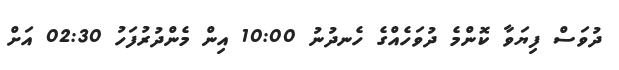
ދުވަސް ފިޔަވާ ކޮންމެ ދުވަހެއްގެ ހެނދުނު 10:00 އިން މެންދުރުފަހު 02:30 އަށް